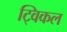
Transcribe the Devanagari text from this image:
ट्विकल